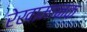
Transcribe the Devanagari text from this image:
रेखामानक